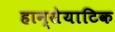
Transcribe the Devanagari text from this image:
हान्सेयाटिक